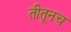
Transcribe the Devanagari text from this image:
तीतूनच